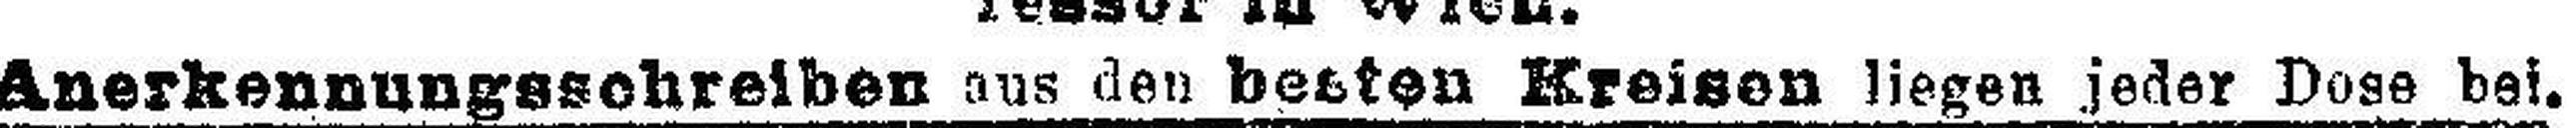
Anerkennungsschreiben aus den besten Kreisen liegen jeder Dose bei.